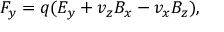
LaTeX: F _ { y } = q ( E _ { y } + v _ { z } B _ { x } - v _ { x } B _ { z } ) ,